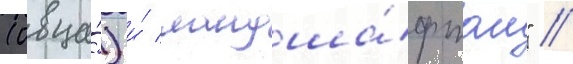
(овца́) и́ ландша́фтом" //